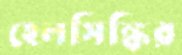
হেলসিঙ্কির